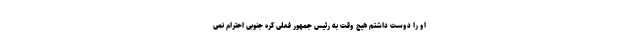
او را دوست داشتم هیچ وقت به رئیس جمهور فعلی کره جنوبی احترام نمی